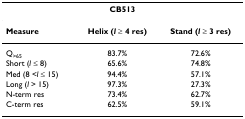
<table><thead><tr><td colspan="3"><b>CB513</b></td></tr></thead><tbody><tr><td><b>Measure</b></td><td><b>Helix (<i>l </i>≥ 4 res)</b></td><td><b>Stand (<i>l </i>≥ 3 res)</b></td></tr><tr><td>Q<sub>&gt;65</sub></td><td>83.7%</td><td>72.6%</td></tr><tr><td>Short (<i>l</i> ≤ 8)</td><td>65.6%</td><td>74.8%</td></tr><tr><td>Med (8 &lt;<i>l</i> ≤ 15)</td><td>94.4%</td><td>57.1%</td></tr><tr><td>Long (<i>l</i> &gt; 15)</td><td>97.3%</td><td>27.3%</td></tr><tr><td>N-term res</td><td>73.4%</td><td>62.7%</td></tr><tr><td>C-term res</td><td>62.5%</td><td>59.1%</td></tr></tbody></table>